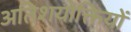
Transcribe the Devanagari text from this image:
अतिशयोक्तियों